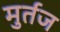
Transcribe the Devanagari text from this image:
मुर्तज